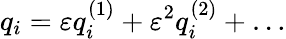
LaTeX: q_{i}=\varepsilon q_{i}^{(1)}+\varepsilon^{2}q_{i}^{(2)}+\dots